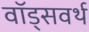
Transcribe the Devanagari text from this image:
वॉड्सवर्थ